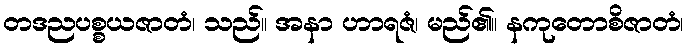
တဒညပစ္စယဇာတံ၊ သည်။ အနာ ဟာရဇံ၊ မည်၏။ နကုတောစိဇာတံ၊